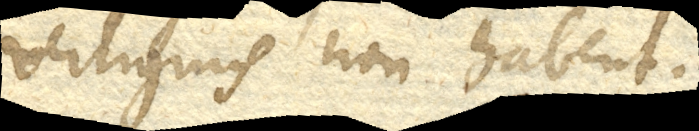
vertiginis non habent.